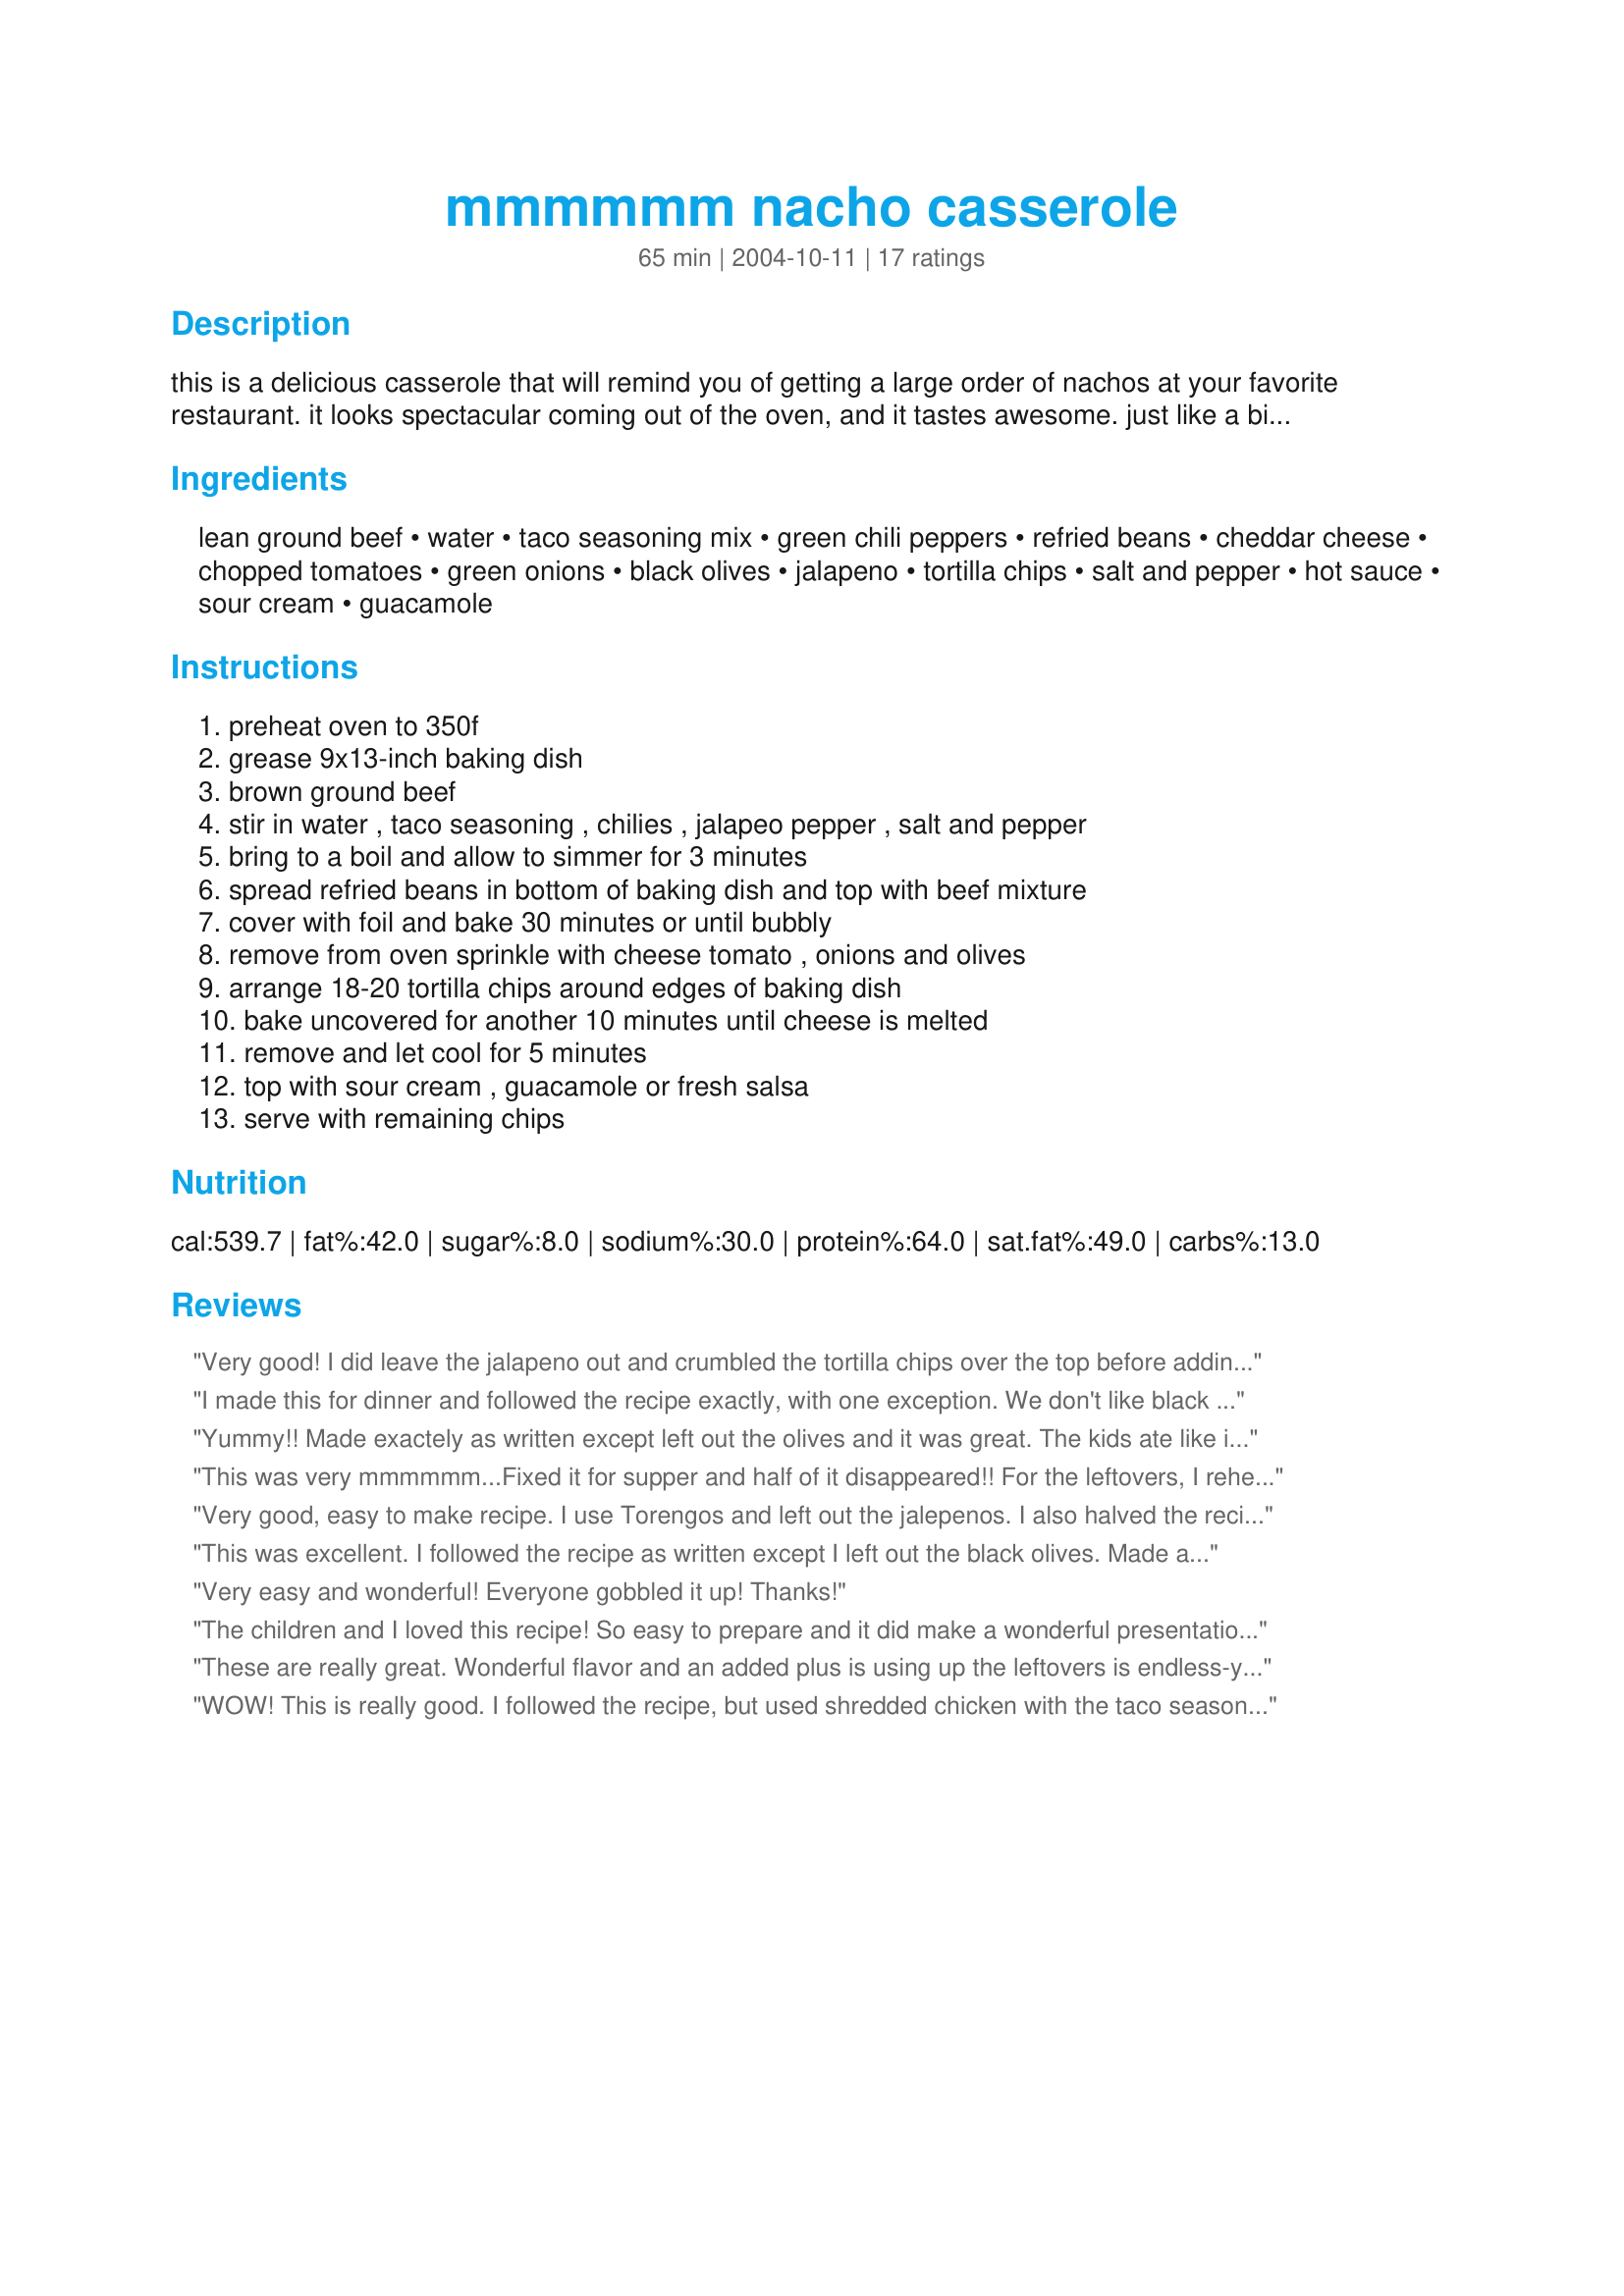
mmmmmm nacho casserole
Preparation time: 65 minutes

this is a delicious casserole that will remind you of getting a large order of nachos at your favorite restaurant. it looks spectacular coming out of the oven, and it tastes awesome. just like a big plate of nachos. you might even want to bring this to your next social gathering as an appetizer. to cut the heat down omit the jalapeño pepper and hot sauce, or adjust to your liking.

Ingredients:
lean ground beef, water, taco seasoning mix, green chili peppers, refried beans, cheddar cheese, chopped tomatoes, green onions, black olives, jalapeno, tortilla chips, salt and pepper, hot sauce, sour cream, guacamole

Steps:
preheat oven to 350f, grease 9x13-inch baking dish, brown ground beef, stir in water , taco seasoning , chilies , jalapeo pepper , salt and pepper, bring to a boil and allow to simmer for 3 minutes, spread refried beans in bottom of baking dish and top with beef mixture, cover with foil and bake 30 minutes or until bubbly, remove from oven sprinkle with cheese tomato , onions and olives, arrange 18-20 tortilla chips around edges of baking dish, bake uncovered for another 10 minutes until cheese is melted, remove and let cool for 5 minutes, top with sour cream , guacamole or fresh salsa, serve with remaining chips

Reviews:
Very good! I did leave the jalapeno out and crumbled the tortilla chips over the top before adding the cheese and toppings. Garnished with sour cream and salsa, simple and so tasty!
I made this for dinner and followed the recipe exactly, with one exception. We don't like black olives, so we left them off. My daughter said she would have given this recipe 5 stars, but something was missing...when I told her it called for the olives, she said it would be a five with the olives. It was easy to make and the leftovers reheated nicely. I served it with Mysterygirl's Streamlined Chimichangas
Yummy!! Made exactely as written except left out the olives and it was great. The kids ate like it was their last meal. We barely had enough leftovers for me for lunch(hubby has to go hungry at lunch I guess). We are a family of 5 & will make a batch and a half next time. Served it w/ guacamole, sour cream & salsa. Also served it w/ regular tortilla chips and guacamole chips which was really good. Easy and delicious!!
This was very mmmmmm...Fixed it for supper and half of it disappeared!! For the leftovers, I reheated it and we ate it rolled in flour torillas. Great any way you eat it!! Thanks!
Very good, easy to make recipe. I use Torengos and left out the jalepenos. I also halved the recipe and it turned out fantastic. Thanks for a great recipe!
This was excellent. I followed the recipe as written except I left out the black olives. Made a ton, but from reading the reviews, will make great left overs. Thanks for sharing Made for Cookbook Tag Game :)
Very easy and wonderful! Everyone gobbled it up! Thanks!
The children and I loved this recipe! So easy to prepare and it did make a wonderful presentation coming out of the oven. Thanks for a great recipe.
These are really great. Wonderful flavor and an added plus is using up the leftovers is endless-you could put them in flour torillos, taco shells, even a breakfast omelette and you can add or take away any ingrediant you don't care for. I made these for me and my grandson and he's still in there eating them-he prefers them without the chips but I love them either way. Great recipe. Thanks for sharing Pepper Monkey-love your name LOL. Thanks again!
WOW! This is really good. I followed the recipe, but used shredded chicken with the taco seasoning which I cooked in a crockpot. It was Super Good! Thank you.
Excellent! Even better the next day! I will make this dish again! Everyone loved it!
Yum! These were simple and tasty. I halved the recipe for 2 of us, opened up chopped olives instead of sliced, lol, but otherwise made as directed. The leftovers will be great while watching football tomorrow. Thanks Pepper Monkey for sharing this great dish. Made for Cookbook Tag.
This was a neat new Tex-Mex recipe for us. I changed it a bit by adding 1/4 tsp crushed red pepper to the ground meat (instead of the jalopenos) and using refried beans seasoned with jalopenos in them. Thanks for sharing...we'll be having this again.
YUMMMMOOOOOOH!!!! These are fantastic, made just as shown only I cut the recipe in half. Thanks for sharing, I will definitely make again.
10 stars! we were out half the afternoon and go in just before our guests arrived .. this got put together surprisingly quickly and was easy to do. I cut down the heat by omitting the green chilli peppers (I couldnâ€™t find any in the supermarket I was in) and the jalapeno (I forgot it on the shopping list), but did add 1 very small finely chopped red chilli and half of a 260g jar of Grand â€˜Italia Piccante sauce that contained salami and chilli pepper. My Refried beans I found in AH (for anyone in NL who wants to make this). We are total wimps when it comes to â€œhotâ€™ and found that that this turned out tasty but only mildly warm, so next time I will put the whole bottle of the Piccante sauce in, and another red chilli... OTOH this was brilliantly received as it was, so maybe what I do next time will depend on who the guests are. I used mostly cherry tomatoes as they were to hand, and no black olives because the supermarkets seem to have had trouble supplying these in recent monthsâ€¦ I could have used green olives but chose not to this time(read I was in a hurry and oops, forgot about them) Past dishes made with tortilla chips (Nacho cheese flavour here) resulted in battles for the ones with melted cheese on them so I spread a big layer of chips over the mince (ground beef) mixture and then the cheese (I used about 300g), tomatoes, onions and chivesâ€¦ an extra bowl of chips on the table tooâ€¦It looked wonderful when I pulled it out of the oven, but you will see from my photos that the addition of the guacamole and sour cream and a few extra chives gave it the WOW factor, and thatâ€™s exactly the reaction I got when I set it before guests a few minutes later. It was devoured tooâ€¦ so please see my rating system, this recipe, easy to make, presentation with the wow factor, and great taste that pleased everyone and guestâ€™s compliments all over the placeâ€¦ gotta be 5 stars. Thanks !!!
Very very good. I used just one pound of ground turkey, as that was what I had in the fridge at the moment, 1 can of kidney beans that I smashed, and 1 can of kidney beans that I left whole. I left out the onion, olives, and jalapeno (personal preference), and added some diced red and green bell peppers -- probably the equivalent of 1 1/2 peppers. A lovely fast supper for those busy nights.
This is absolutely fabulous! I followed the recipe exactly and wouldn't change a thing. Thanks for posting.
